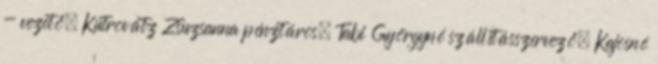
- vezető, Kutrovátz Zsuzsanna pénztáros, Tabi Györgyné szállításszervező, Kajosné